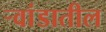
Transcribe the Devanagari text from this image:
र्‍वांडातील